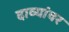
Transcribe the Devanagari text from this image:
दाव्यांवर